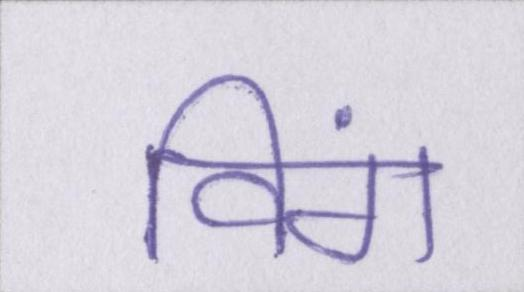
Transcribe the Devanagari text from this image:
विंग